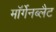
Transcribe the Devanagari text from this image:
मॉर्गेनब्लैट